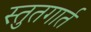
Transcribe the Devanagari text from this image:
स्तुतगार्त